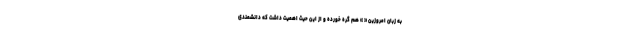
به زبان امروزین « » هم گره خورده و از این حیث اهمیت داشت که دانشمندی